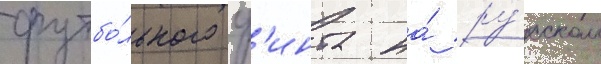
футбо́льного ф'инта на́ ру́сском